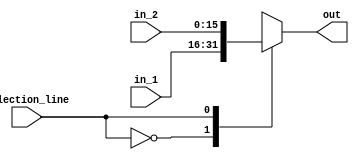
/* Description : This verilog file tends to construct a 2x1 MUX */
/* Author : Basma Walid - Preprocessing Team */

module MUX_2_1 #(parameter BITS = 16 )(
	input wire [BITS-1:0] in_1 ,
	input wire [BITS-1:0] in_2 ,
	input wire 			  selection_line ,
	output reg [BITS-1:0] out 
);

always@(*)
begin
	case(selection_line)
	1'b0 : out = in_1 ;
	1'b1 : out = in_2 ;
	default : out = 0 ;
	endcase
	
end
endmodule